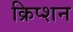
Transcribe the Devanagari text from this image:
क्रिप्शन